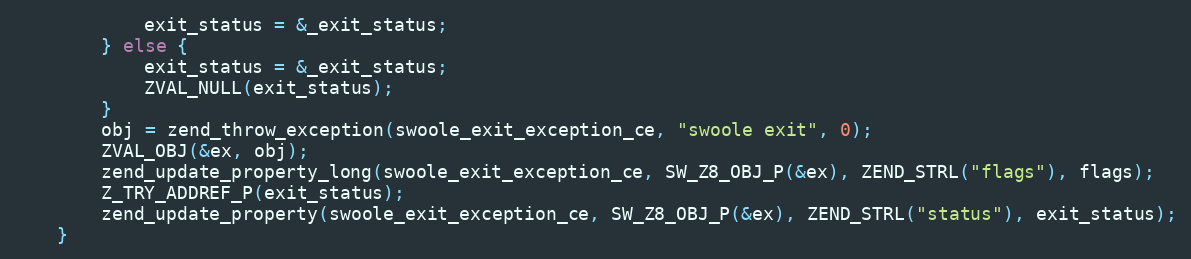
Language: C++
            exit_status = &_exit_status;
        } else {
            exit_status = &_exit_status;
            ZVAL_NULL(exit_status);
        }
        obj = zend_throw_exception(swoole_exit_exception_ce, "swoole exit", 0);
        ZVAL_OBJ(&ex, obj);
        zend_update_property_long(swoole_exit_exception_ce, SW_Z8_OBJ_P(&ex), ZEND_STRL("flags"), flags);
        Z_TRY_ADDREF_P(exit_status);
        zend_update_property(swoole_exit_exception_ce, SW_Z8_OBJ_P(&ex), ZEND_STRL("status"), exit_status);
    }